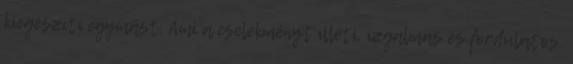
kiegészíti egymást. Ami a cselekményt illeti, izgalmas és fordulatos.